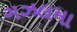
ગઝલમા